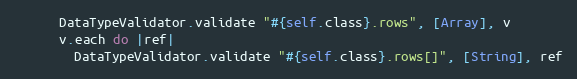
Language: Ruby
      DataTypeValidator.validate "#{self.class}.rows", [Array], v
      v.each do |ref|
        DataTypeValidator.validate "#{self.class}.rows[]", [String], ref